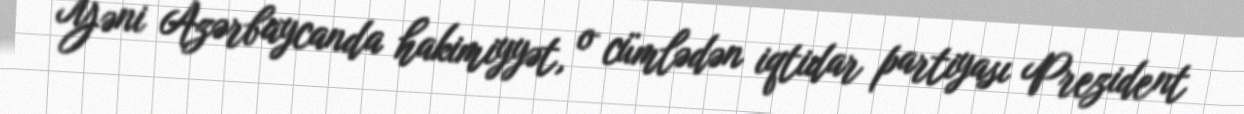
Yəni Azərbaycanda hakimiyyət, o cümlədən iqtidar partiyası Prezident